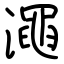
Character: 澠